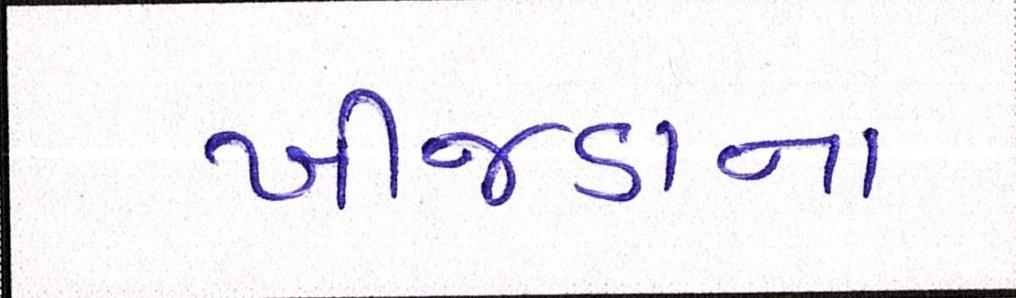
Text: ખીજડાના